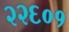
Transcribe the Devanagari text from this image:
२२६०१